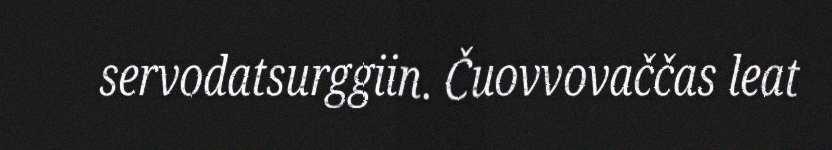
servodatsurggiin. Čuovvovaččas leat